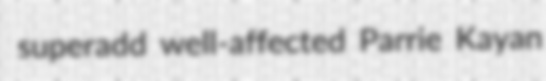
superadd well-affected Parrie Kayan